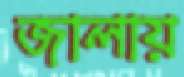
জালায়